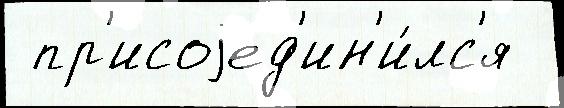
 пр'исоjед'ин'и́лс'я